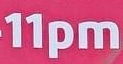
11pm